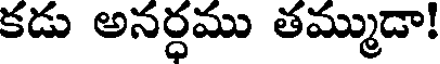
కడు అనర్ధము తమ్ముడా!